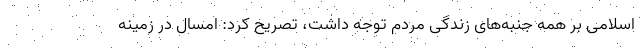
اسلامی بر همه جنبه‌های زندگی مردم توجه داشت، تصریح کرد: امسال در زمینه